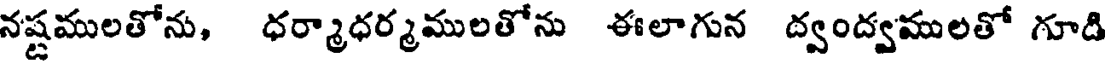
నష్టములతోను, ధర్మాధర్మములతోను ఈలాగున ద్వంద్వములతో గూడి